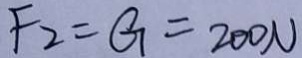
F _ { 2 } = G = 2 0 0 N